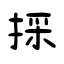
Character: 採